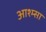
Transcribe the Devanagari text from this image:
आश्म्सा